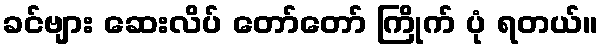
ခင်ဗျား ဆေးလိပ် တော်တော် ကြိုက် ပုံ ရတယ်။